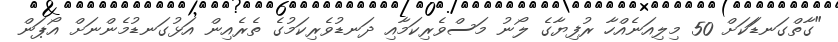
"ގާތްގަނޑަަކަށް 50 މިލިއަނެއްހާ ރުފިޔާގެ ލޯނު މަސްވެރިކަމާއި ދަނޑުވެރިކަމުގެ ތެރެއިން އަޅުގަނޑުމެންނަށް އޯޕަން